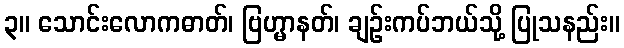
၃။ သောင်းလောကဓာတ်၊ ဗြဟ္မာနတ်၊ ချဉ်းကပ်ဘယ်သို့ ပြုသနည်း။